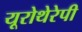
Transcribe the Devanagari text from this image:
यूरोथेरेपी